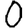
Digit: 0